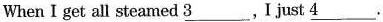
When I get all steamed \underline{3}___.I just \underline{4}___.